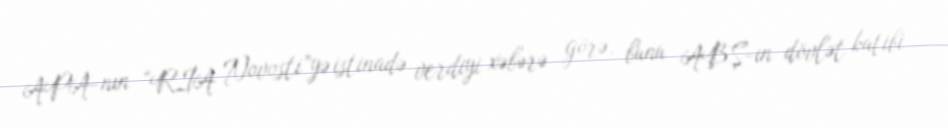
APA-nın “RİA Novosti”yə istinadə verdiyi xəbərə görə, bunu ABŞ-ın dövlət katibi